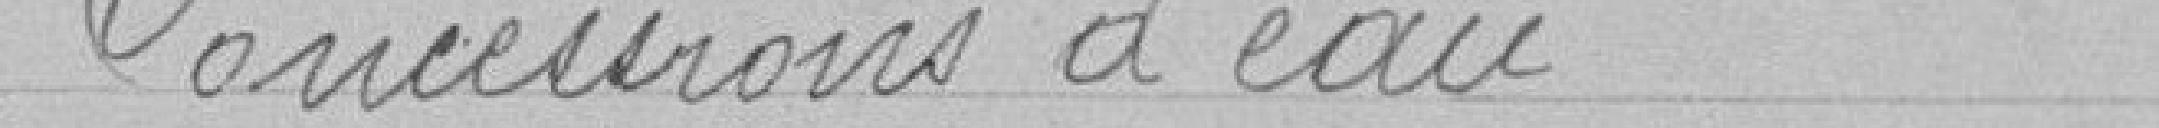
Concessions d'eau